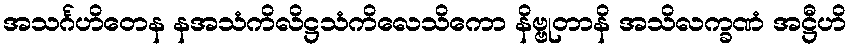
အသင်္ဂဟိတေန နအသံကိလိဋ္ဌသံကိလေသိကော နိဗ္ဗုတာနိ အသိလက္ခဏံ အဋ္ဌီဟိ